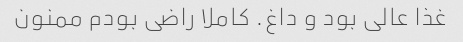
غذا عالی بود و داغ. کاملا راضی بودم ممنون